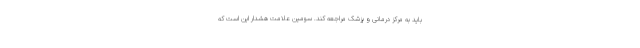
باید به مرکز درمانی و پزشک مراجعه کند. سومین علامت هشدار این است که